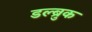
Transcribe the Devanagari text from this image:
डल्ब्रुक